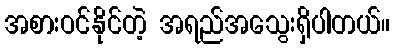
အစားဝင်နိုင်တဲ့ အရည်အသွေးရှိပါတယ်။